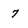
Character: 7